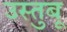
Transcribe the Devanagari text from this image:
उस्तुबू